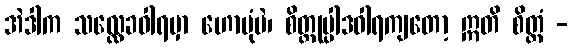
အဲဒါက သလ္လေခဝါရမှာ ဟောပုံပဲ၊ စိတ္တုပ္ပါဒဝါရကျတော့ ဣတိ စိတ္တံ -